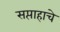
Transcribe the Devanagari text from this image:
सप्ताहाचे